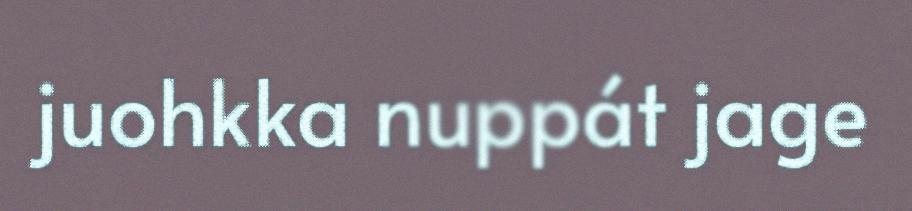
juohkka nuppát jage